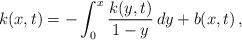
LaTeX: \begin{align*} k(x,t)=-\int_0^x\frac{k(y,t)}{1-y}\,dy+b(x,t)\,,\end{align*}